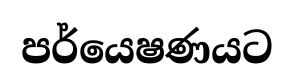
පර්යෙෂණයට